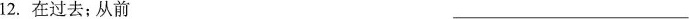
12.在过去；从前___